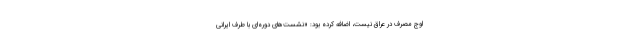
اوج مصرف در عراق نیست، اضافه کرده بود: «نشست‌های دوره‌ای با طرف ایرانی